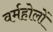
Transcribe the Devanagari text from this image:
वर्महोलों